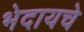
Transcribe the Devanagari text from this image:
भेदायचे